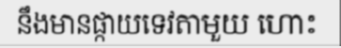
នឹងមានផ្កាយទេវតាមួយ ហោះ